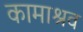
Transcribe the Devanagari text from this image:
कामाश्रव